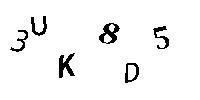
3UK8D5